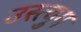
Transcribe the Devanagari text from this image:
उस्त्युग